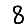
Digit: 8